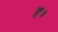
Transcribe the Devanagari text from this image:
हैँ॥